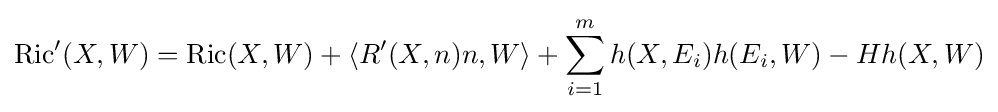
\operatorname {Ric} '(X,W)=\operatorname {Ric} (X,W)+\langle R'(X,n)n,W\rangle +\sum _{i=1}^{m}h(X,E_{i})h(E_{i},W)-Hh(X,W)